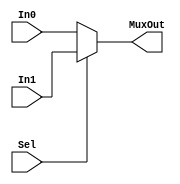
`timescale 1ns / 1ps

module RFDSelMux(
    input Sel,
    input [4:0] In0,
    input [4:0] In1,
    output [4:0] MuxOut
    );
    assign MuxOut = Sel ? In1 : In0;
endmodule